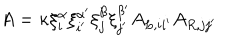
LaTeX: A = \kappa \xi _ { i } ^ { \alpha } \xi _ { i ^ { \prime } } ^ { \alpha ^ { \prime } } \xi _ { j } ^ { \beta } \xi _ { j ^ { \prime } } ^ { \beta ^ { \prime } } A _ { L , i i ^ { \prime } } A _ { R , j j ^ { \prime } }